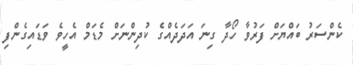
ކެންސަރު ބައްޔަށް ފަރުވާ ހޯދާ ގިނަ އަދަދެއްގެ ކުދިންނަށް މެޑަމް އެހީވެ ވަޑައިގެންފި